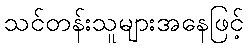
သင်တန်းသူများအနေဖြင့်